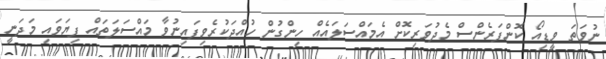
ނުވަތަ ވީޑިއޯ ކޮންފަރެންސް މެދުވަރިކޮށް އެމައްސަލައެއް ހިންގުން ހުއްދަކުރެވިފައިނުވާ މައްސަލަތައް ފިޔަވައި މަދަނީ